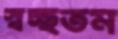
স্বচ্ছতম